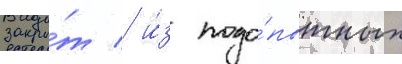
закры́т / и́з подо́пытных